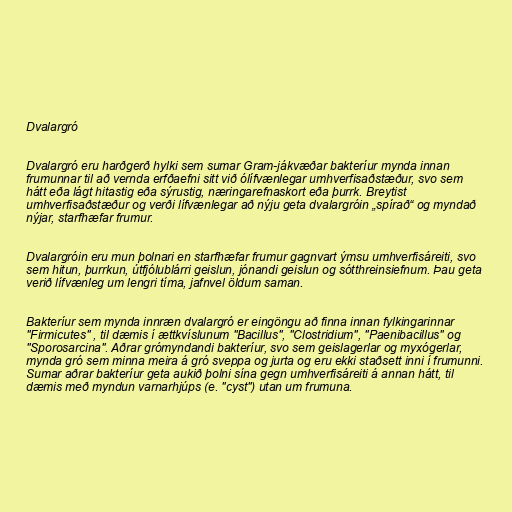
Dvalargró

Dvalargró eru harðgerð hylki sem sumar Gram-jákvæðar bakteríur mynda innan
frumunnar til að vernda erfðaefni sitt við ólífvænlegar umhverfisaðstæður, svo sem
hátt eða lágt hitastig eða sýrustig, næringarefnaskort eða þurrk. Breytist
umhverfisaðstæður og verði lífvænlegar að nýju geta dvalargróin „spírað“ og myndað
nýjar, starfhæfar frumur.

Dvalargróin eru mun þolnari en starfhæfar frumur gagnvart ýmsu umhverfisáreiti, svo
sem hitun, þurrkun, útfjólublárri geislun, jónandi geislun og sótthreinsiefnum. Þau geta
verið lífvænleg um lengri tíma, jafnvel öldum saman.

Bakteríur sem mynda innræn dvalargró er eingöngu að finna innan fylkingarinnar
"Firmicutes" , til dæmis í ættkvíslunum "Bacillus", "Clostridium", "Paenibacillus" og
"Sporosarcina". Aðrar grómyndandi bakteríur, svo sem geislagerlar og myxógerlar,
mynda gró sem minna meira á gró sveppa og jurta og eru ekki staðsett inni í frumunni.
Sumar aðrar bakteríur geta aukið þolni sína gegn umhverfisáreiti á annan hátt, til
dæmis með myndun varnarhjúps (e. "cyst") utan um frumuna.